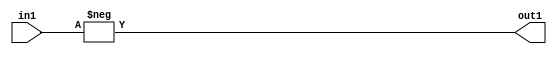
`timescale 1ps / 1ps
/*****************************************************************************
    Verilog RTL Description
    
    
    Created by: Stratus DpOpt 21.05.01 
*******************************************************************************/

module SobelFilter_Minus_32S_32S_1 (
	in1,
	out1
	); /* architecture "behavioural" */ 
input [31:0] in1;
output [31:0] out1;
wire [31:0] asc001;

assign asc001 = 
	-(in1);

assign out1 = asc001;
endmodule

/* CADENCE  urb4Sw0= : u9/ySxbfrwZIxEzHVQQV8Q== ** DO NOT EDIT THIS LINE ******/